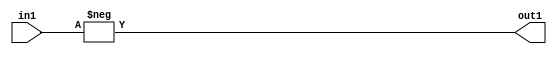
`timescale 1ps / 1ps
/*****************************************************************************
    Verilog RTL Description
    
    
    Created by: Stratus DpOpt 21.05.01 
*******************************************************************************/

module SobelFilter_Minus_32S_32S_1 (
	in1,
	out1
	); /* architecture "behavioural" */ 
input [31:0] in1;
output [31:0] out1;
wire [31:0] asc001;

assign asc001 = 
	-(in1);

assign out1 = asc001;
endmodule

/* CADENCE  urb4Sw0= : u9/ySxbfrwZIxEzHVQQV8Q== ** DO NOT EDIT THIS LINE ******/